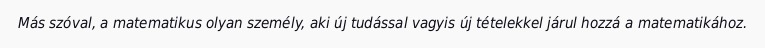
Más szóval, a matematikus olyan személy, aki új tudással vagyis új tételekkel járul hozzá a matematikához.